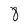
Character: 8